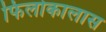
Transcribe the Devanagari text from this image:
फिलोकालास